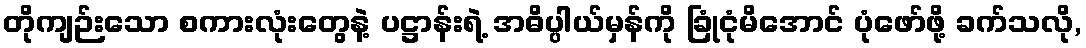
တိုကျဉ်းသော စကားလုံးတွေနဲ့ ပဋ္ဌာန်းရဲ့ အဓိပ္ပါယ်မှန်ကို ခြုံငုံမိအောင် ပုံဖော်ဖို့ ခက်သလို,